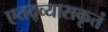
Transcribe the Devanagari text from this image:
एतद्व्यासकृतं